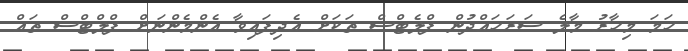
ހަމަ މިހާރު މާލެ ސަރަހައްދުން ފްލެޓްސް ތަަކަށް އެދިފައިވާ އެންމެންނަށް ފްލްޓްސް ތައް